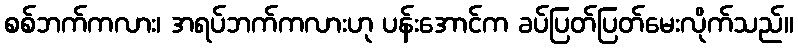
စစ်ဘက်ကလား၊ အရပ်ဘက်ကလားဟု ပန်းအောင်က ခပ်ပြတ်ပြတ်မေးလိုက်သည်။